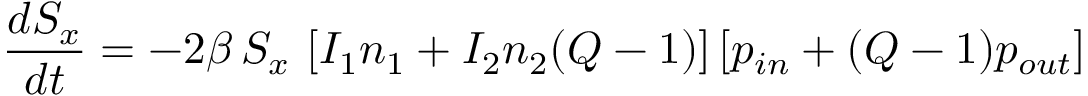
\frac { d S _ { x } } { d t } = - 2 \beta \, S _ { x } \, \left[ I _ { 1 } n _ { 1 } + I _ { 2 } n _ { 2 } ( Q - 1 ) \right] \left[ p _ { i n } + ( Q - 1 ) p _ { o u t } \right]